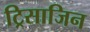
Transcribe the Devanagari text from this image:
ट्रिसाजिन